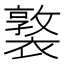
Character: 𧝗